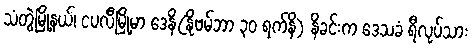
သံတွဲမြို့နယ်၊ ငပလီမြို့မာ ဒေနိ(နိုဗမ်ဘာ ၃၀ ရက်နိ) နိခင်းက ဒေသခံ ရီလုပ်သား